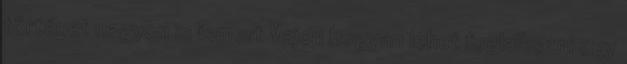
történet nagyon is ismert Vajon hogyan lehet foglalkozni egy